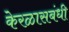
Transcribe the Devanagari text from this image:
केरळासबंधी